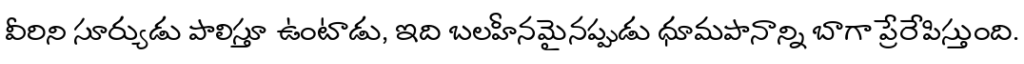
వీరిని సూర్యుడు పాలిస్తూ ఉంటాడు, ఇది బలహీనమైనప్పుడు ధూమపానాన్ని బాగా ప్రేరేపిస్తుంది.